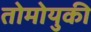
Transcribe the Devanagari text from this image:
तोमोयुकी